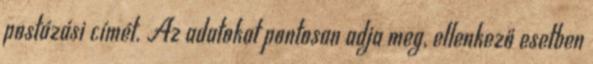
postázási címét. Az adatokat pontosan adja meg, ellenkező esetben